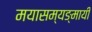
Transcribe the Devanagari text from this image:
मयासम्यङ्मायी